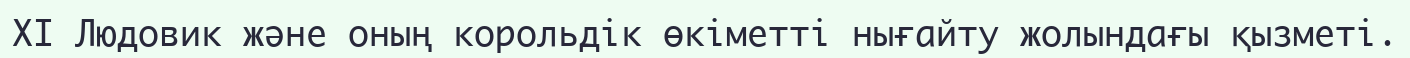
XI Людовик және оның корольдік өкіметті нығайту жолындағы қызметі.